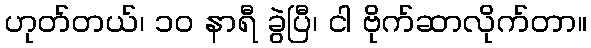
ဟုတ်တယ်၊ ၁၀ နာရီ ခွဲပြီ၊ ငါ ဗိုက်ဆာလိုက်တာ။